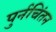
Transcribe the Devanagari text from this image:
पुर्नचिंतन